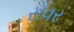
રોવર